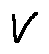
V